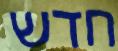
חדש